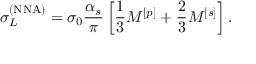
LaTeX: \sigma _ { L } ^ { ( \mathrm { N N A } ) } = \sigma _ { 0 } \frac { \alpha _ { s } } { \pi } \left[ \frac { 1 } { 3 } M ^ { [ p ] } + \frac { 2 } { 3 } M ^ { [ s ] } \right] .